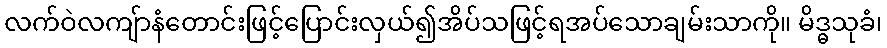
လက်ဝဲလကျ်ာနံတောင်းဖြင့်ပြောင်းလှယ်၍အိပ်သဖြင့်ရအပ်သောချမ်းသာကို။ မိဒ္ဓသုခံ၊